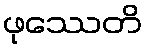
ဖုဿေတိ